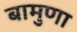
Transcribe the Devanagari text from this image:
बामुणा